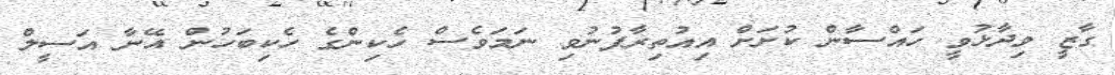
ގާޒީ ވިދާޅުވީ ހައްސާން ކުށަށް އިއުތިރާފުނުވި ނަމަވެސް ހެކިންގެ ހެކިބަހުން އޭނާ އަސީލް